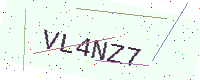
Text: VL4NZ7